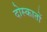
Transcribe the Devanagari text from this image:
दोस्कातों